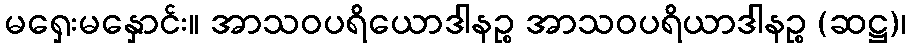
မရှေးမနှောင်း။ အာသဝပရိယောဒါနဉ္စ အာသဝပရိယာဒါနဉ္စ (ဆဋ္ဌ)၊